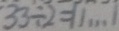
3 3 \div 2 = 1 1 \cdots 1